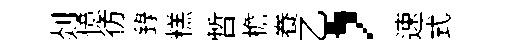
剡憶彷錄糕暫檐飬乙，速式